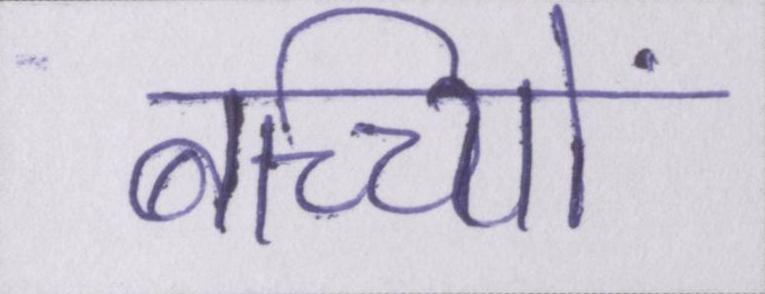
बच्च्यिों